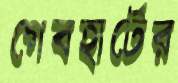
গেবহার্টের